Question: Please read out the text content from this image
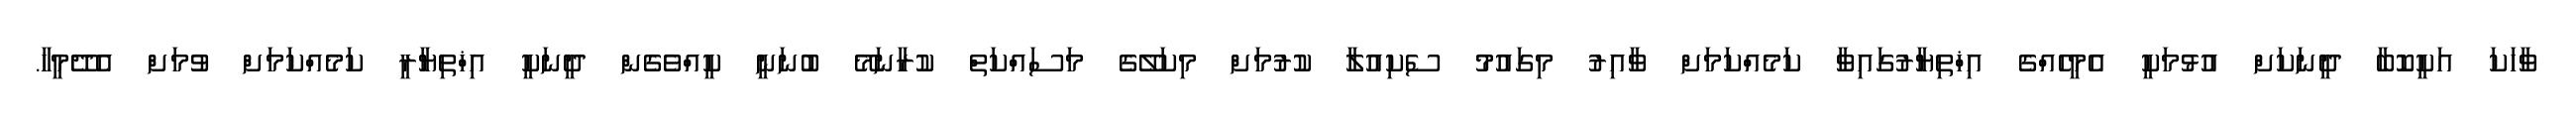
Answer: ވާހަކަ އަކީކޮބާ ދީނަކަށް އުޅުމަކީ އެމީހެއްގެ އިޚްތިޔާރުގައިވާ ކަމެއްކަމަށް ވާއިރު މިގައުމު ސެކިއުލާ ކުރުމަށް މިކަލޭގެ މަސައްކަތް ކުރާނަމޭ ބުނަނީ ކީއްވެގެން ދީނަކީ އިޚްތިޔާރީ ކަމެއްކަމަށް ވުމަށް އެދޭމީހާ.